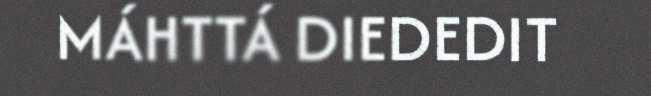
MÁHTTÁ DIEDEDIT